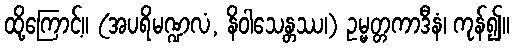
ထို့ကြောင့်။ (အပရိမဏ္ဍလံ, နိဝါသေန္တဿ၊) ဥမ္မတ္တကာဒီနံ၊ ကုန်၍။